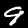
Digit: 9